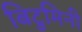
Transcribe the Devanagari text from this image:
बिटुमिनी